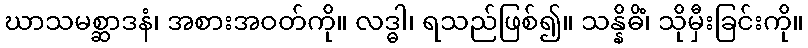
ဃာသမစ္ဆာဒနံ၊ အစားအဝတ်ကို။ လဒ္ဓါ၊ ရသည်ဖြစ်၍။ သန္နိဓိံ၊ သိုမှီးခြင်းကို။